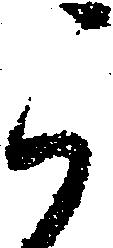
可